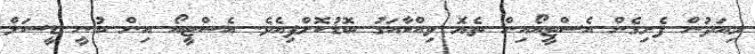
މިއަދުން ފެށިގެން އެސްޓީއޯއިން ތެޔޮ ވިއްކާއަގު ބޮޑުކޮށްފިއެވެ. އެސްޓީއޯ އިން ބުނީ ޑީސަލް